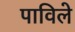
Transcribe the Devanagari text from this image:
पाविले